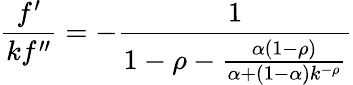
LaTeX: {\frac{f^{\prime}}{kf^{\prime\prime}}}=-{\frac{1}{1-\rho-{\frac{\alpha(1-\rho)}{\alpha+(1-\alpha)k^{-\rho}}}}}